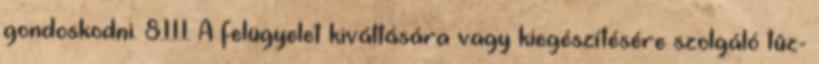
gondoskodni. 8.1.1.1. A felügyelet kiváltására vagy kiegészítésére szolgáló tûz-